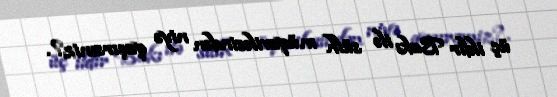
üç ildir Bakı ilə sülh müqaviləsindən niyə qaçırsıniz?.